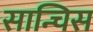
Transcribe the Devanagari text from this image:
सान्चिस